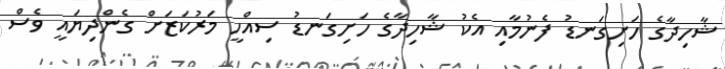
ޝާހިދާގެ ހަށިގަނޑު ފެނުމާއި އެކު ޝާހިދާގެ ހަށިގަނޑު ސިއްހީ މަރުކަޒަށް ގެންދިޔައީ ވެސް